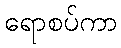
ရောစပ်ကာ